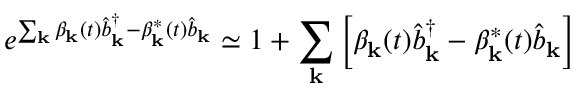
e ^ { \sum _ { \mathbf { k } } \beta _ { \mathbf { k } } ( t ) \hat { b } _ { \mathbf { k } } ^ { \dagger } - \beta _ { \mathbf { k } } ^ { * } ( t ) \hat { b } _ { \mathbf { k } } } \simeq 1 + \sum _ { \mathbf { k } } \left[ \beta _ { \mathbf { k } } ( t ) \hat { b } _ { \mathbf { k } } ^ { \dagger } - \beta _ { \mathbf { k } } ^ { * } ( t ) \hat { b } _ { \mathbf { k } } \right]